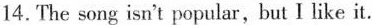
14.The song isn't popular,but I like it.